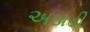
અડાડી